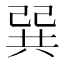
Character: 巽